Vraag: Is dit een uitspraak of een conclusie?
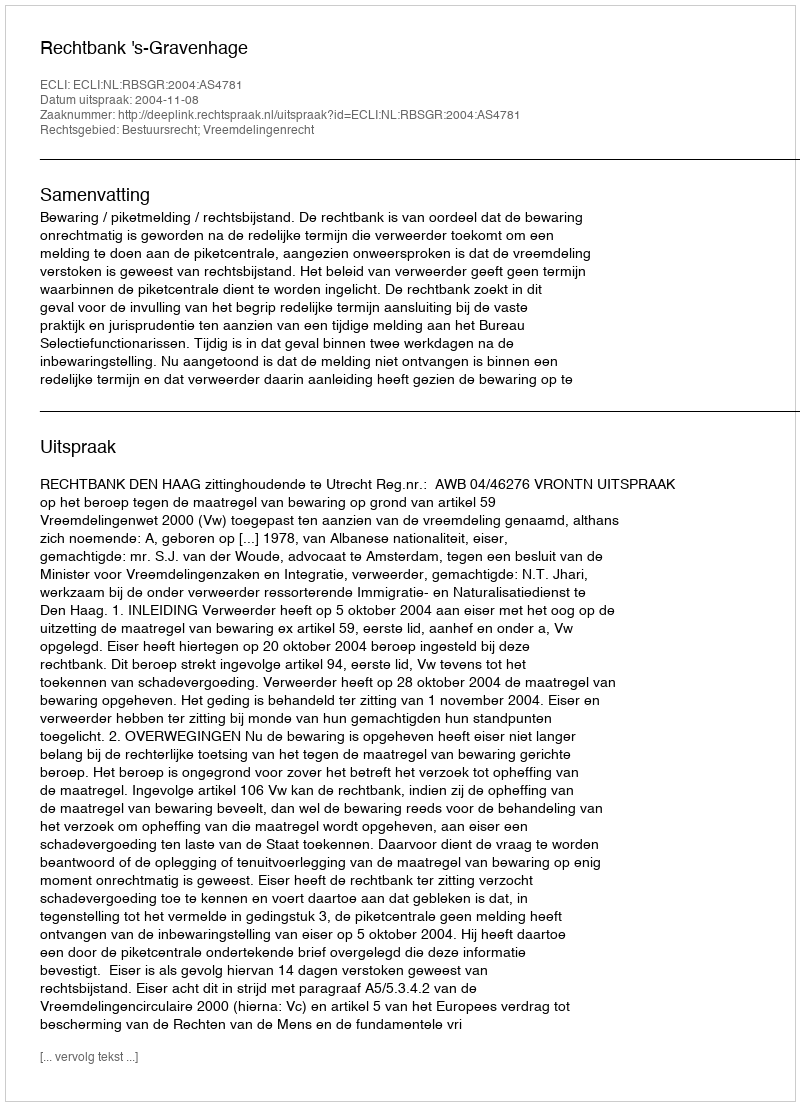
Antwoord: Uitspraak